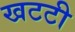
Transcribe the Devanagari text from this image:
खटटी